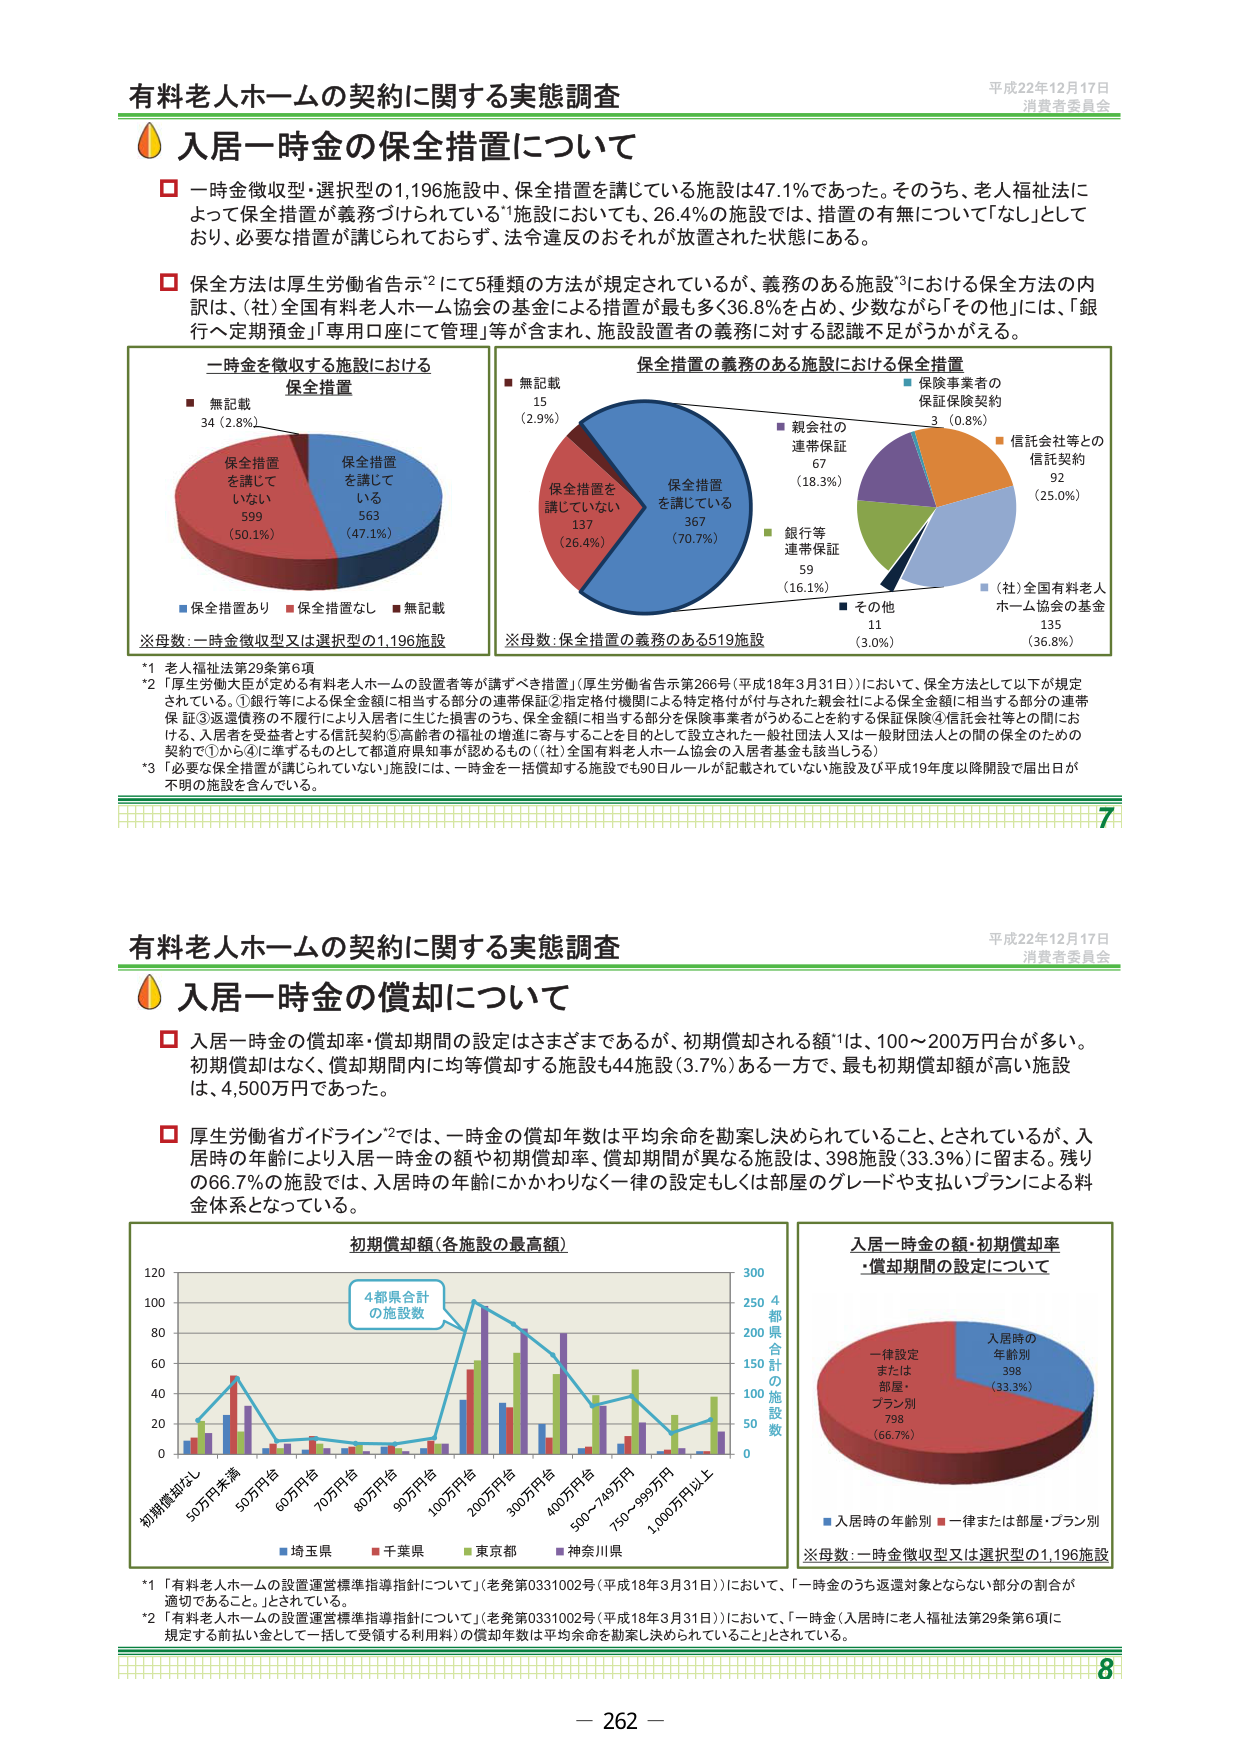
有料老人ホームの契約に関する実態調査
平成22年12月17日
消費者委員会

入居一時金の保全措置について

□ 一時金徴収型・選択型の1,196施設中、保全措置を講じている施設は47.1％であった。そのうち、老人福祉法によって保全措置が義務づけられている*1施設においても、26.4％の施設では、措置の有無について「なし」としており、必要な措置が講じられておらず、法令違反のおそれが放置された状態にある。

□ 保全方法は厚生労働省告示*2にて5種類の方法が規定されているが、義務のある施設*3における保全方法の内訳は、（社）全国有料老人ホーム協会の基金による措置が最も多く36.8％を占め、少数ながら「その他」には、「銀行へ定期預金」「専用口座にて管理」等が含まれ、施設設置者の義務に対する認識不足がうかがえる。

一時金を徴収する施設における
保全措置
■ 無記載 34（2.8%）
■ 保全措置を講じていない 599（50.1%）
■ 保全措置を講じている 563（47.1%）
※母数：一時金徴収型又は選択型の1,196施設

保全措置の義務のある施設における保全措置
■ 無記載 15（2.9%）
■ 保全措置を講じていない 137（26.4%）
■ 保全措置を講じている 367（70.7%）
■ 保険事業者の保証保険契約 3（0.8%）
■ 親会社の連帯保証 67（18.3%）
■ 信託会社等との信託契約 92（25.0%）
■ 銀行等連帯保証 59（16.1%）
■ その他 11（3.0%）
■ （社）全国有料老人ホーム協会の基金 135（36.8%）
※母数：保全措置の義務のある519施設

*1 老人福祉法第29条第6項
*2 「厚生労働大臣が定める有料老人ホームの設置者等が講ずべき措置」（厚生労働省告示第266号（平成18年3月31日））において、保全方法として以下が規定されている。①銀行等による保全金額に相当する部分の連帯保証②指定格付機関による特定格付が付与された親会社による保全金額に相当する部分の連帯保証③返還債務の不履行により入居者に生じた損害のうち、保全金額に相当する部分を保険事業者がうめるこを約する保証保険④信託会社等との間における、入居者を受益者とする信託契約⑤高齢者の福祉の増進に寄与することを目的として設立された一般社団法人又は一般財団法人との間の保全のための契約で①から④に準ずるものとして都道府県知事が認めるもの（（社）全国有料老人ホーム協会の入居者基金も該当しうる）
*3 「必要な保全措置が講じられていない」施設には、一時金を一括償却する施設でも90日ルールが記載されていない施設及び平成19年度以降開設で届出日が不明の施設を含んでいる。

7

有料老人ホームの契約に関する実態調査
平成22年12月17日
消費者委員会

入居一時金の償却について

□ 入居一時金の償却率・償却期間の設定はさまざまであるが、初期償却される額*1は、100～200万円台が多い。初期償却はなく、償却期間内に均等償却する施設も44施設（3.7%）ある一方で、最も初期償却額が高い施設は、4,500万円であった。

□ 厚生労働省ガイドライン*2では、一時金の償却年数は平均余命を勘案し決められていること、とされているが、入居時の年齢により入居一時金の額や初期償却率、償却期間が異なる施設は、398施設（33.3%）に留まる。残りの66.7%の施設では、入居時の年齢にかかわりなく一律の設定もしくは部屋のグレードや支払いプランによる料金体系となっている。

初期償却額（各施設の最高額）
（グラフ：横軸：初期償却なし、50万円台、50万円台、60万円台、70万円台、80万円台、90万円台、100万円台、200万円台、300万円台、400万円台、500～749万円、750～999万円、1,000万円以上）
（縦軸左：0, 20, 40, 60, 80, 100, 120）
（縦軸右：0, 50, 100, 150, 200, 250, 300）
（凡例：埼玉県、千葉県、東京都、神奈川県）
（グラフ上に「4都県合計の施設数」という吹き出し）

入居一時金の額・初期償却率・償却期間の設定について
■ 入居時の年齢別 398（33.3%）
■ 一律設定または部屋・プラン別 798（66.7%）
※母数：一時金徴収型又は選択型の1,196施設

*1 「有料老人ホームの設置運営標準指導指針について」（老発第0331002号（平成18年3月31日））において、「一時金のうち返還対象とならない部分の割合が適切であること。」とされている。
*2 「有料老人ホームの設置運営標準指導指針について」（老発第0331002号（平成18年3月31日））において、「一時金（入居時に老人福祉法第29条第6項に規定する前払い金として一括して受領する利用料）の償却年数は平均余命を勘案し決められていること」とされている。

8

－ 262 －